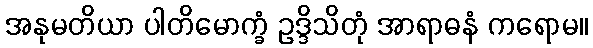
အနုမတိယာ ပါတိမောက္ခံ ဥဒ္ဒိသိတုံ အာရာဓနံ ကရောမ။